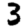
Digit: 3